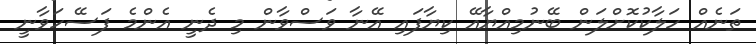
ތަނެއް ހަލާކުކޮށްލަން ބޭނުމިއްޔާއޭ ކިޔާފައި އޭނާ ވަސްވާން މި ދެނީ އެންމެ ފަސޭހަވާނީ